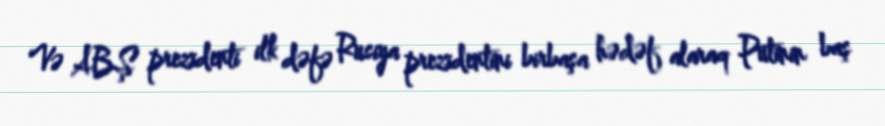
Və ABŞ prezidenti ilk dəfə Rusiya prezidentini birbaşa hədəf alaraq Putinin baş